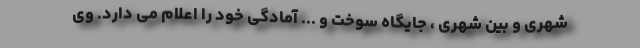
شهری و بین شهری ، جایگاه سوخت و ... آمادگی خود را اعلام می دارد. وی